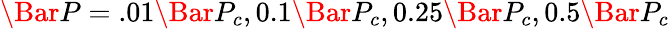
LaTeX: \Bar{P}=.01\Bar{P}_{c},0.1\Bar{P}_{c},0.25\Bar{P}_{c},0.5\Bar{P}_{c}